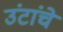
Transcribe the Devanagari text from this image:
उंटांचे